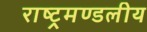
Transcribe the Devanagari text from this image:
राष्‍ट्रमण्‍डलीय